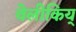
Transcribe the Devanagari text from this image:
वेलीकिय्